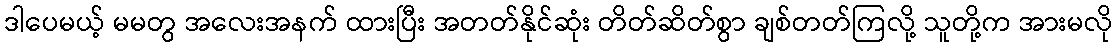
ဒါပေမယ့် မမတွ အလေးအနက် ထားပြီး အတတ်နိုင်ဆုံး တိတ်ဆိတ်စွာ ချစ်တတ်ကြလို့ သူတို့က အားမလို